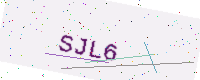
Text: SJL6